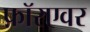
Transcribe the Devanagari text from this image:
फ़ॉरएवर